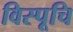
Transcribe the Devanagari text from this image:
विस्पूचि